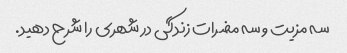
سه مزیت و سه مضرات زندگی در شهری را شرح دهید.